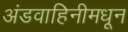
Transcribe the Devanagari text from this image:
अंडवाहिनीमधून